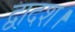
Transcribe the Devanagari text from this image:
द्वादश।